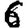
Digit: 6